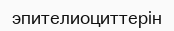
эпителиоциттерін